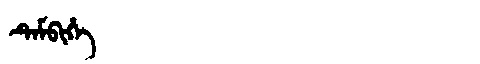
Manchu: ᡨᡝᠮᠪᡳᡥᡝ
Romanization: TEMBIHE